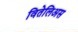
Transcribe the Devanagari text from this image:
वितेलिअस